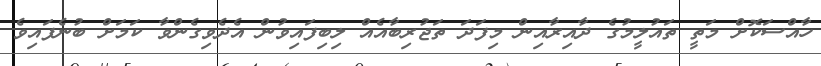
ހާއްސަކޮށް މަތީ ތައުލީމުގެ ދާއިރާއިން މިފަދަ ތަޖުރިބާއެއް ލިބިފައިވުން އެދެވިގެންވާ ކަމަށް ބުނެފައިވެ